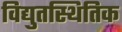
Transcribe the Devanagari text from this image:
विद्युतस्थितिक